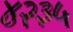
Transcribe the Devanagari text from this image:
४२३५